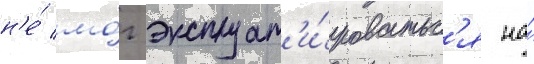
н'е́ мо́г эксплуат'и́роватьс'я на́